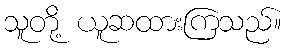
သူတို့ ယူဆထားကြသည်။